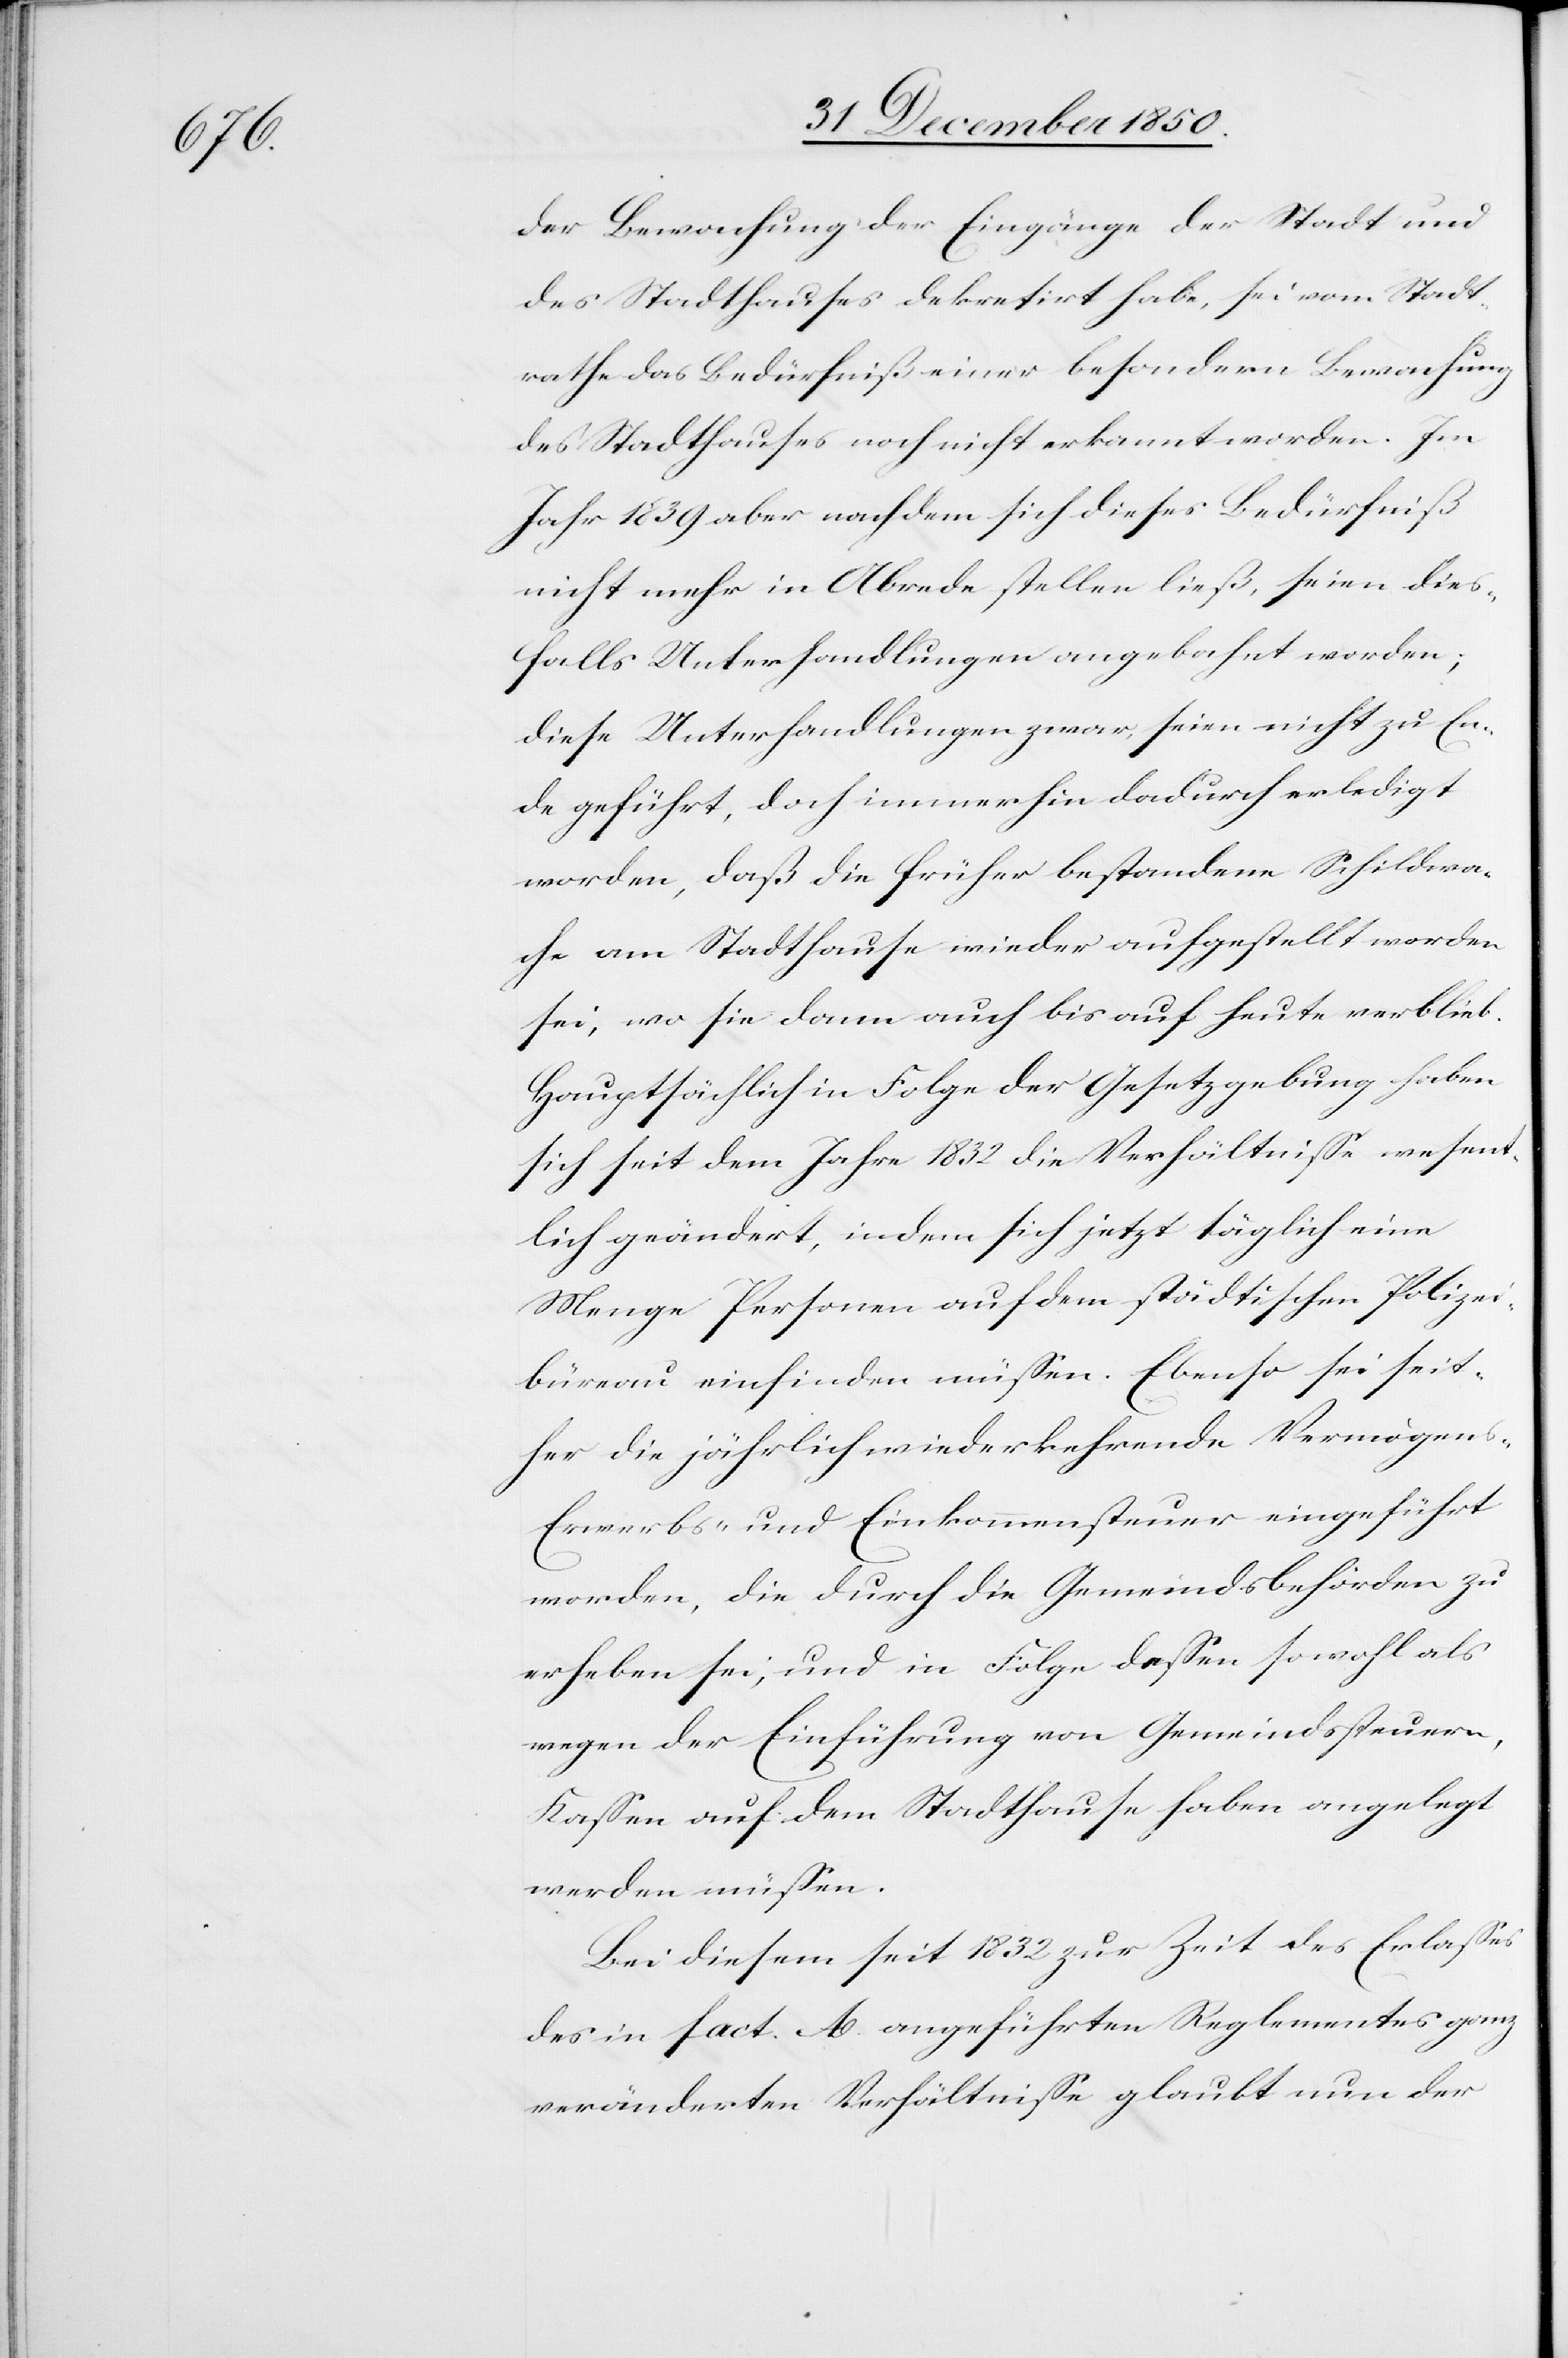
der Bewachung der Eingänge der Stadt und
des Stadthauses dekretirt habe, sei vom Stadt¬
rathe das Bedürfniß einer besondern Bewachung
des Stadthauses noch nicht erkannt worden. Im
Jahr 1839 aber nachdem sich dieses Bedürfniß
nicht mehr in Abrede stellen ließ, seien dies¬
falls Unterhandlungen angebahnt worden;
diese Unterhandlungen zwar seien nicht zu En¬
de geführt, doch immerhin dadurch erledigt
worden, daß die früher bestandene Schildwa¬
che am Stadthause wieder aufgestellt worden
sei, wo sie dann auch bis auf heute verblieb.
Hauptsächlich in Folge der Gesetzgebung haben
sich seit dem Jahre 1832 die Verhältnisse wesent¬
lich geändert, indem sich jetzt täglich eine
Menge Personen auf dem städtischen Polizei¬
büreau einfinden müssen. Ebenso sei seit¬
her die jährlich wiederkehrende Vermögens-[,]
Erwerbs- und Einkommensteuer eingeführt
worden, die durch die Gemeindsbehörden zu
erheben sei, und in Folge dessen sowohl als
wegen der Einführung von Gemeindssteuern,
Kassen auf dem Stadthause haben angelegt
werden müssen.
Bei diesem seit 1832 zur Zeit des Erlasses
des in fact. A angeführten Reglementes ganz
veränderten Verhältnisse glaubt nun der